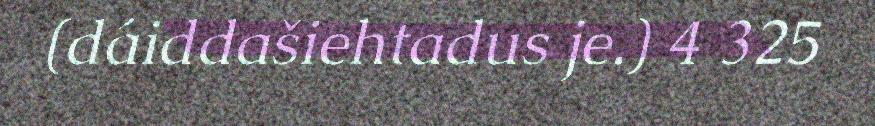
(dáiddašiehtadus je.) 4 325